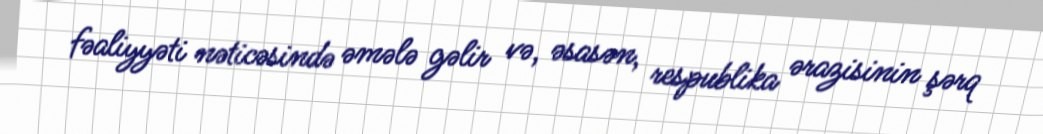
fəaliyyəti nəticəsində əmələ gəlir və, əsasən, respublika ərazisinin şərq